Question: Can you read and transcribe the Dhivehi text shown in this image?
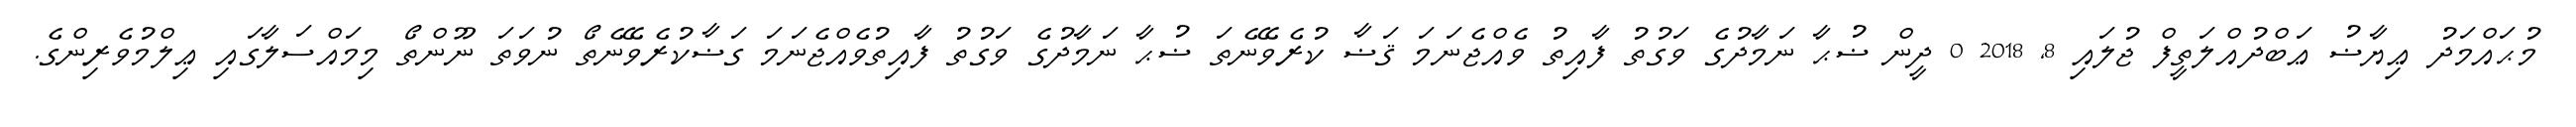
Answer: މުޙައްމަދު ޢިޔާޟު ޢަބްދުއްލަތީފް ޖުލައި 8, 2018 0 ދީން ޟުޙާ ނަމާދުގެ ވަގުތު ފާއިތު ވެއްޖެނަމަ ޤަޟާ ކުރެވޭނެތަ ޟުޙާ ނަމާދުގެ ވަގުތު ފާއިތުވެއްޖެނަމަ ގަޟާކުރެވޭނެތޯ ނުވަތަ ނޫންތޯ މިމައްސަލާގައި ޢިލްމުވެރިންގެ.